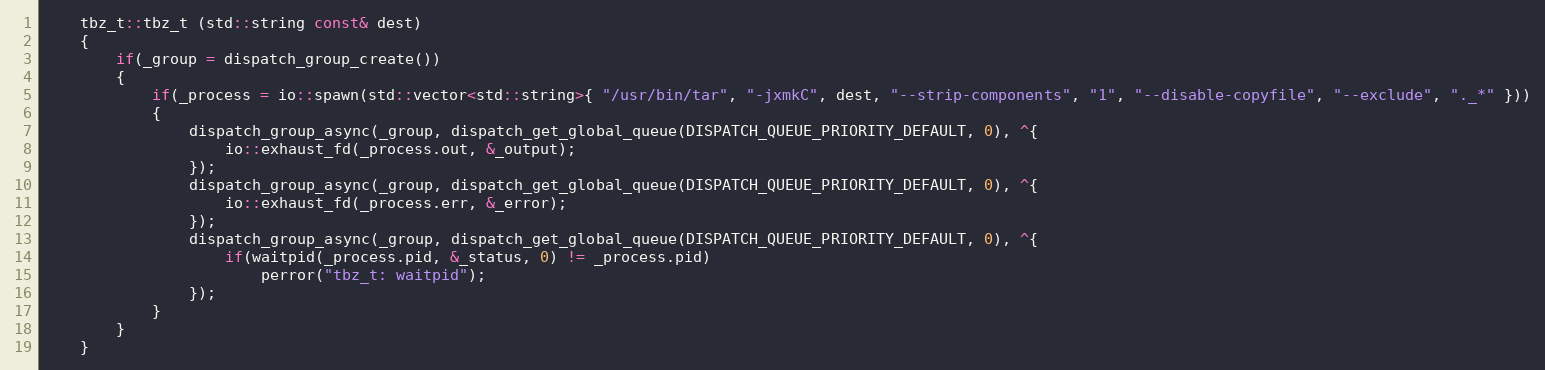
Language: C++
	tbz_t::tbz_t (std::string const& dest)
	{
		if(_group = dispatch_group_create())
		{
			if(_process = io::spawn(std::vector<std::string>{ "/usr/bin/tar", "-jxmkC", dest, "--strip-components", "1", "--disable-copyfile", "--exclude", "._*" }))
			{
				dispatch_group_async(_group, dispatch_get_global_queue(DISPATCH_QUEUE_PRIORITY_DEFAULT, 0), ^{
					io::exhaust_fd(_process.out, &_output);
				});
				dispatch_group_async(_group, dispatch_get_global_queue(DISPATCH_QUEUE_PRIORITY_DEFAULT, 0), ^{
					io::exhaust_fd(_process.err, &_error);
				});
				dispatch_group_async(_group, dispatch_get_global_queue(DISPATCH_QUEUE_PRIORITY_DEFAULT, 0), ^{
					if(waitpid(_process.pid, &_status, 0) != _process.pid)
						perror("tbz_t: waitpid");
				});
			}
		}
	}